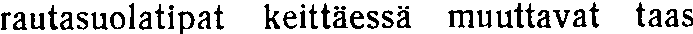
rautasuolatipat keittäessä muuttavat taas